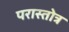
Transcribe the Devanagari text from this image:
परास्तोत्र